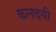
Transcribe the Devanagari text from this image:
कलदगी